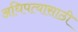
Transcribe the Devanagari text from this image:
अधिपत्यासाठी